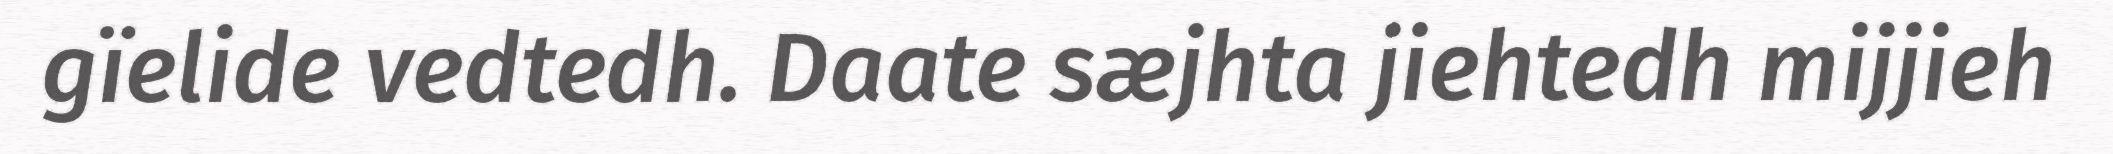
gïelide vedtedh. Daate sæjhta jiehtedh mijjieh